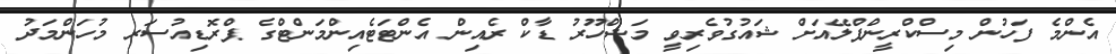
އެންމެ ފަހުން މިސްކްރީންޕްލޭއަށް ޝައުގުވެރިވީ މަޝްހޫރު ޑާކް ރެއިން އެންޓަޓެއިންމަންޓްގެ ޕްރޮޑިއުސަރ މުހަންމަދު